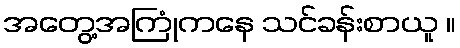
အတွေ့အကြုံကနေ သင်ခန်းစာယူ ။